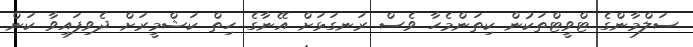
ސަލްމާންގެ ޓްވީޓްތަކުން ކިތަންމެހާ ވެސް ރަނގަޅަށް އޭނާގެ ހިތް ކަޝްމީރަށް ދެވިފައިވާ ކަން